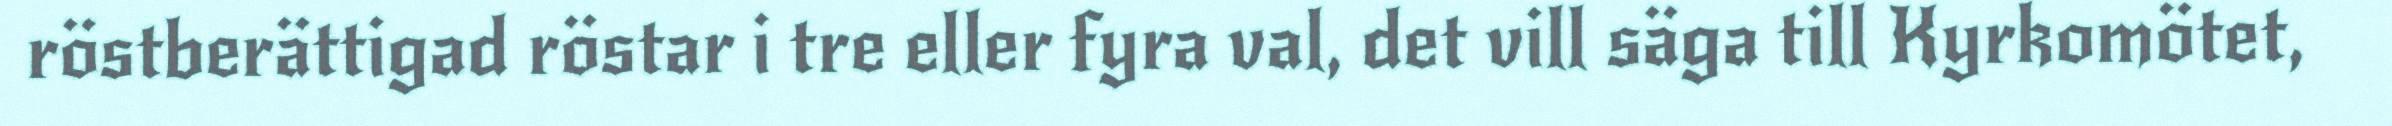
röstberättigad röstar i tre eller fyra val, det vill säga till Kyrkomötet,